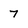
Character: 7